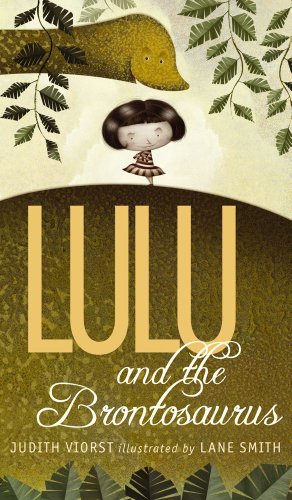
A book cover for Lulu and the Brontosaurus; Judith Viorst; Children's Books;